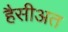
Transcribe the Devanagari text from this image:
हैसीअत